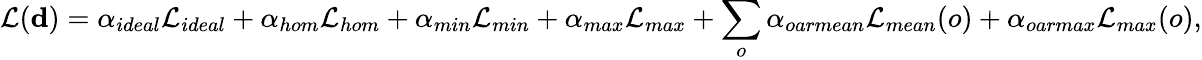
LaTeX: \mathcal{L}(\mathbf{d})=\alpha_{ideal}\mathcal{L}_{ideal}+\alpha_{hom}\mathcal{L}_{hom}+\alpha_{min}\mathcal{L}_{min}+\alpha_{max}\mathcal{L}_{max}+\sum_{o}\alpha_{oarmean}\mathcal{L}_{mean}(o)+\alpha_{oarmax}\mathcal{L}_{max}(o),